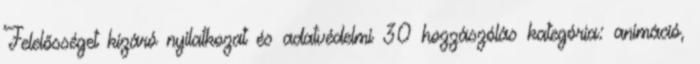
Felelősséget kizáró nyilatkozat és adatvédelmi 30 hozzászólás kategória: animáció,